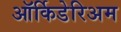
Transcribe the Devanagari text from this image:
ऑर्किडेरिअम